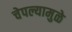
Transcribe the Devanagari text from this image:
चेपल्यामुळे